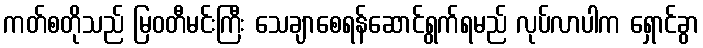
ကတ်စတိုသည် မြဝတီမင်းကြီး သေချာစေရန်ဆောင်ရွက်ရမည် လုပ်လာပါက ရှောင်ခွာ